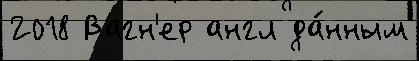
2018 Вагн'ер англ да́нным